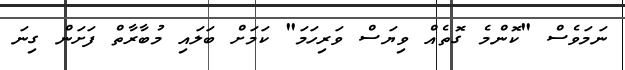
ނަމަވެސް "ކޮންމެ ގޮތެއް ވިޔަސް ވަރިހަމަ" ކަމަށް ބަލައި މުބާރާތް ފަށަން ގިނަ